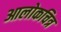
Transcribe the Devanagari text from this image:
आलोकचित्र